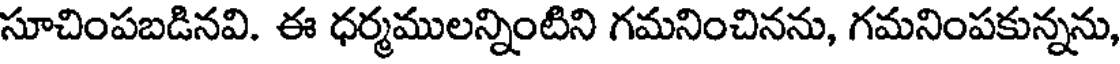
సూచింపబడినవి. ఈ ధర్మములన్నింటిని గమనించినను, గమనింపకున్నను,